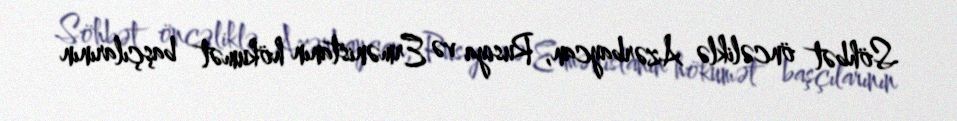
Söhbət öncəliklə Azərbaycan, Rusiya və Ermənistanın hökumət başçılarının